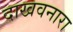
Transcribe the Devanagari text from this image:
दाखवनारा